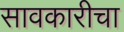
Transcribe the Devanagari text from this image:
सावकारीचा